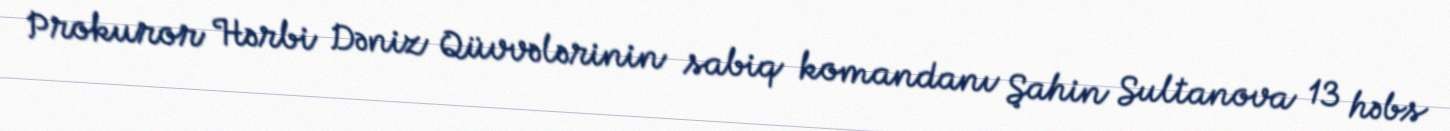
Prokuror Hərbi Dəniz Qüvvələrinin sabiq komandanı Şahin Sultanova 13 həbs